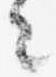
々